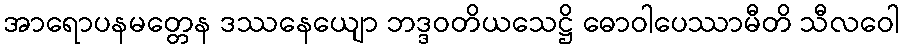
အာရောပနမတ္တေန ဒဿနေယျော ဘဒ္ဒဝတိယသေဋ္ဌိ ဓောဝါပေဿာမီတိ သီလဝေါ